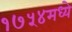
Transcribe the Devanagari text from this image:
१७५४मध्ये